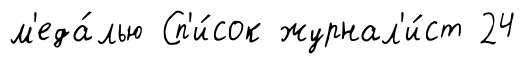
м'еда́лью Сп'и́сок журнал'и́ст 24